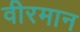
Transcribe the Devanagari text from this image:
वीरमान